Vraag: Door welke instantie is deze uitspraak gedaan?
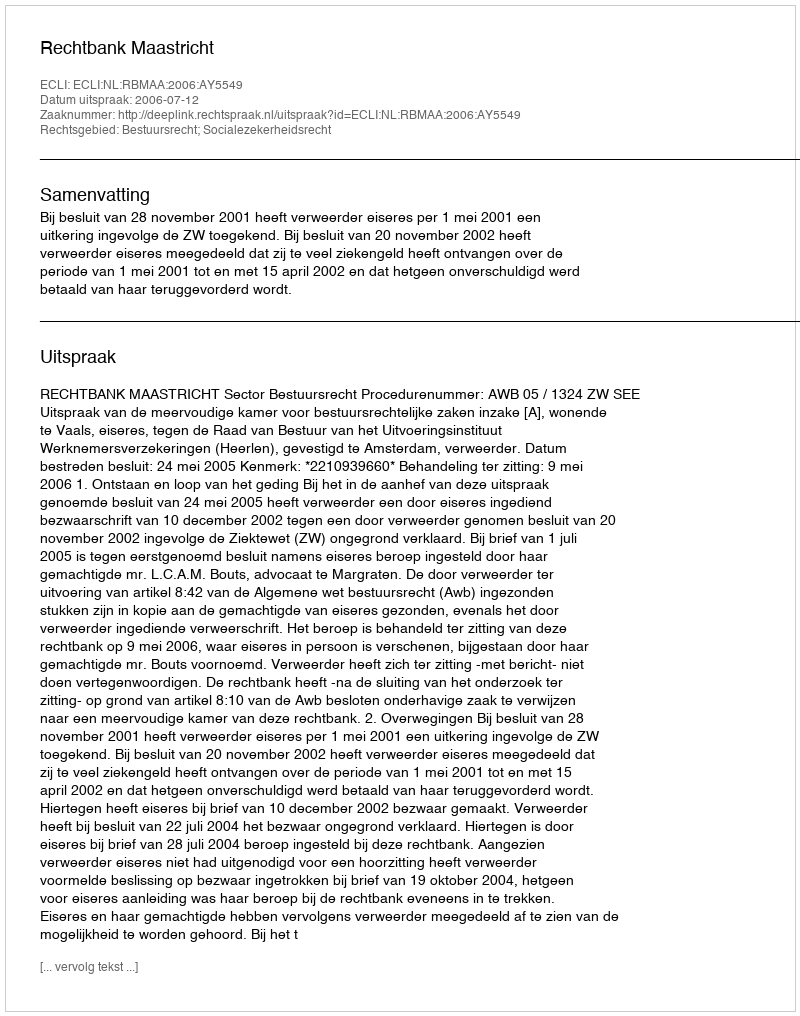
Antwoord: Rechtbank Maastricht